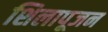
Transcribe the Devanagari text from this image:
शिलापूजन